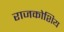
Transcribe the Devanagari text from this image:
राजकोशिय